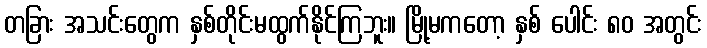
တခြား အသင်းတွေက နှစ်တိုင်းမထွက်နိုင်ကြဘူး။ မြို့မကတော့ နှစ် ပေါင်း ၈၀ အတွင်း